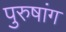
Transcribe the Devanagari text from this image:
पुरुषांग